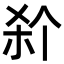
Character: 𭩭